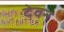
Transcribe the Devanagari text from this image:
देवन्